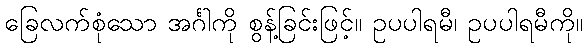
ခြေလက်စုံသော အင်္ဂါကို စွန့်ခြင်းဖြင့်။ ဥပပါရမီ၊ ဥပပါရမီကို။